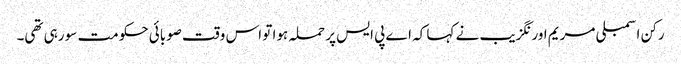
رکن اسمبلی مریم اورنگزیب نے کہا کہ اے پی ایس پر حملہ ہوا تو اس وقت صوبائی حکومت سو رہی تھی۔